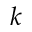
k